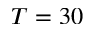
T = 3 0